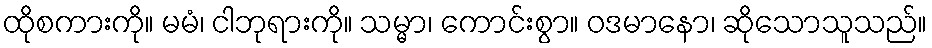
ထိုစကားကို။ မမံ၊ ငါဘုရားကို။ သမ္မာ၊ ကောင်းစွာ။ ဝဒမာနော၊ ဆိုသောသူသည်။